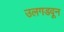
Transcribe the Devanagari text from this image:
उलगडवून